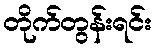
တိုက်တွန်းရင်း